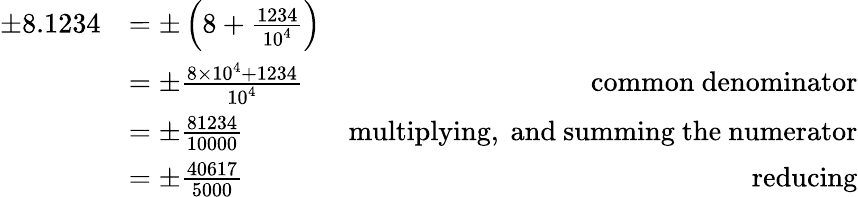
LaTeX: {\begin{array}{rlr}{\pm 8.1234}&{=\pm\left(8+{\frac{1234}{10^{4}}}\right)}&\\ &{=\pm{\frac{8\times 10^{4}+1234}{10^{4}}}}&{{\mathrm{common~denominator}}}\\ &{=\pm{\frac{81234}{10000}}}&{{\mathrm{multiplying,~and~summing~the~numerator}}}\\ &{=\pm{\frac{40617}{5000}}}&{{\mathrm{reducing}}}\end{array}}